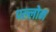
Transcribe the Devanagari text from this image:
पल्लोन